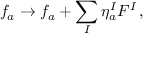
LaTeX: f _ { a } \rightarrow f _ { a } + \sum _ { I } \eta _ { a } ^ { I } F ^ { I } \, ,